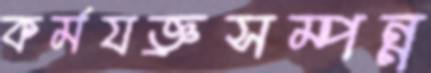
কর্মযজ্ঞ্রসম্পন্ন